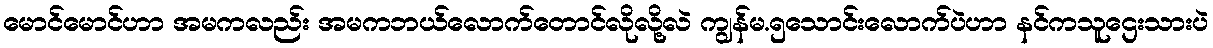
မောင်မောင်ဟာ အမကလည်း အမကဘယ်လောက်တောင်လိုလို့လဲ ကျွန်မ.၅သောင်းလောက်ပဲဟာ နင်ကသူဌေးသားပဲ